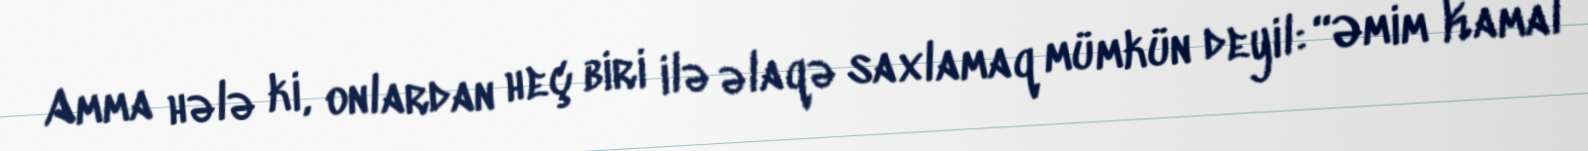
Amma hələ ki, onlardan heç biri ilə əlaqə saxlamaq mümkün deyil: “Əmim Kamal